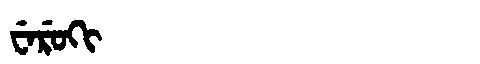
Manchu: ᠸᡝᡵᡠᡴᡳ
Romanization: WERUKI